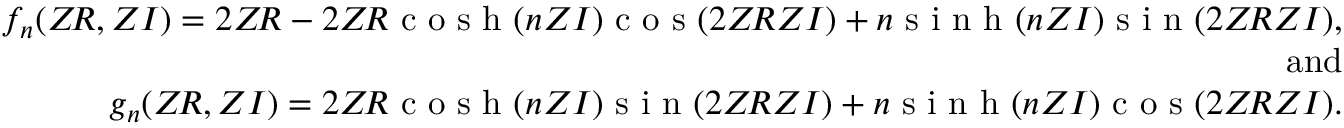
\begin{array} { r l r } & { } & { f _ { n } ( Z \! R , Z I ) = 2 Z \! R - 2 Z \! R \textnormal { c o s h } ( n Z I ) \textnormal { c o s } ( 2 Z \! R Z I ) + n \textnormal { s i n h } ( n Z I ) \textnormal { s i n } ( 2 Z \! R Z I ) , } \\ & { } & { \mathrm { a n d } } \\ & { } & { g _ { n } ( Z \! R , Z I ) = 2 Z \! R \textnormal { c o s h } ( n Z I ) \textnormal { s i n } ( 2 Z \! R Z I ) + n \textnormal { s i n h } ( n Z I ) \textnormal { c o s } ( 2 Z \! R Z I ) . } \end{array}